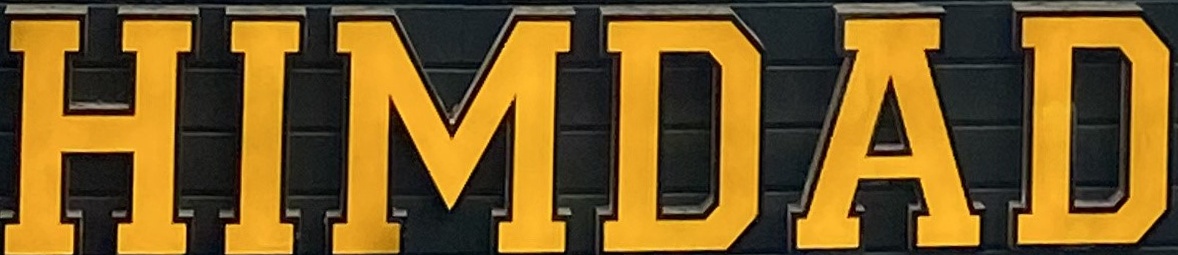
HIMDAD